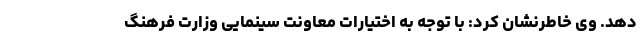
دهد. وی خاطرنشان کرد: با توجه به اختیارات معاونت سینمایی وزارت فرهنگ